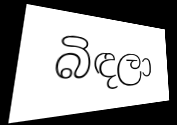
බිඳලා